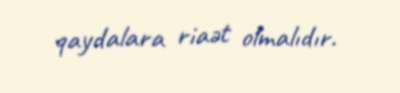
qaydalara riaət olmalıdır.